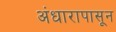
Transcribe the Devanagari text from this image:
अंधारापासून